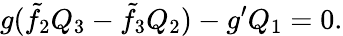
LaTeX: g(\tilde{f}_{2}Q_{3}-\tilde{f}_{3}Q_{2})-g^{\prime}Q_{1}=0.